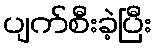
ပျက်စီးခဲ့ပြီး